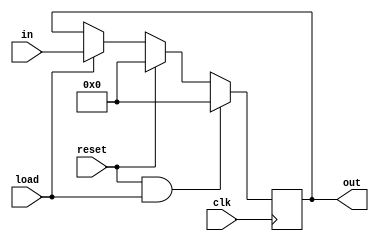
module register(
in, reset, load, clk, out
);

input [15:0] in;
input load, reset, clk;
output [15:0] out;

reg [15:0] out;

initial begin
  out = 0;
end

always @(negedge clk)
begin

if (reset && load)
	out <= 0;
else if (reset)
	out <= 0;
else if (load)
	out <= in;
end

endmodule